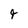
Character: 4